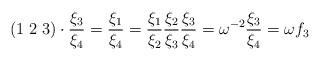
LaTeX: \begin{align*}(1\; 2\; 3)\cdot \frac{\xi _3}{\xi _4}=\frac{\xi _1}{\xi _4} = \frac{\xi _1}{\xi _2}\frac{\xi _2}{\xi _3}\frac{\xi _3}{\xi _4}=\omega ^{-2} \frac{\xi _3}{\xi _4}= \omega f_3\end{align*}